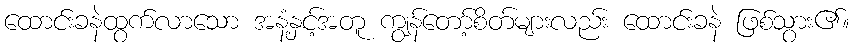
ထောင်းခနဲထွက်လာသော အနံ့နှင့်အတူ ကျွန်တော့်စိတ်များလည်း ထောင်းခနဲ ဖြစ်သွား၏။